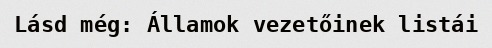
Lásd még: Államok vezetőinek listái